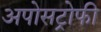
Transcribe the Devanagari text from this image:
अपोसट्रोफी